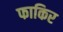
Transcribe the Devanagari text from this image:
फाकिर